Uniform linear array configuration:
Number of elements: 12
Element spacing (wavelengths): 0.25
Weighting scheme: exponential
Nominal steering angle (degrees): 15
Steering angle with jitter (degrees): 13.03
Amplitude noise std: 0.05
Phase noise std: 0.05

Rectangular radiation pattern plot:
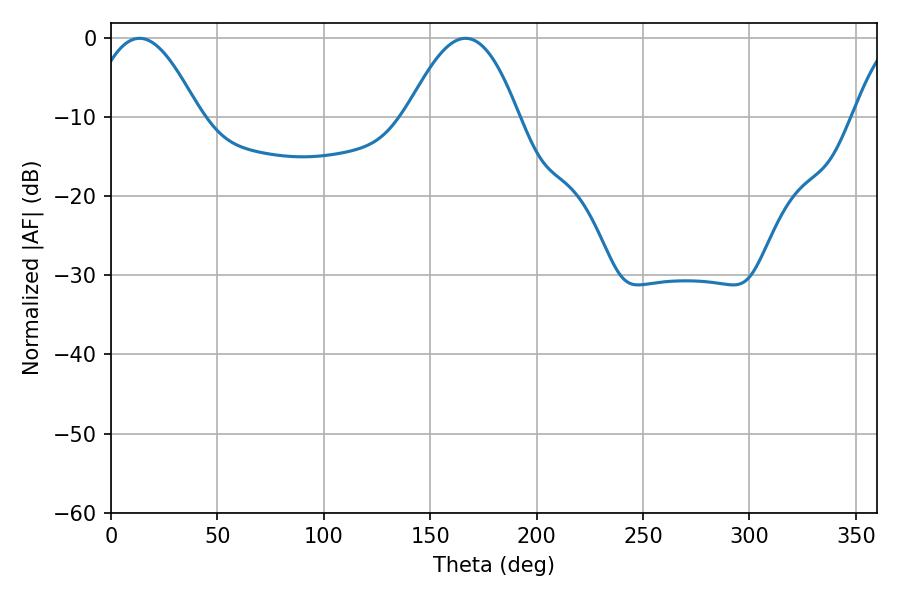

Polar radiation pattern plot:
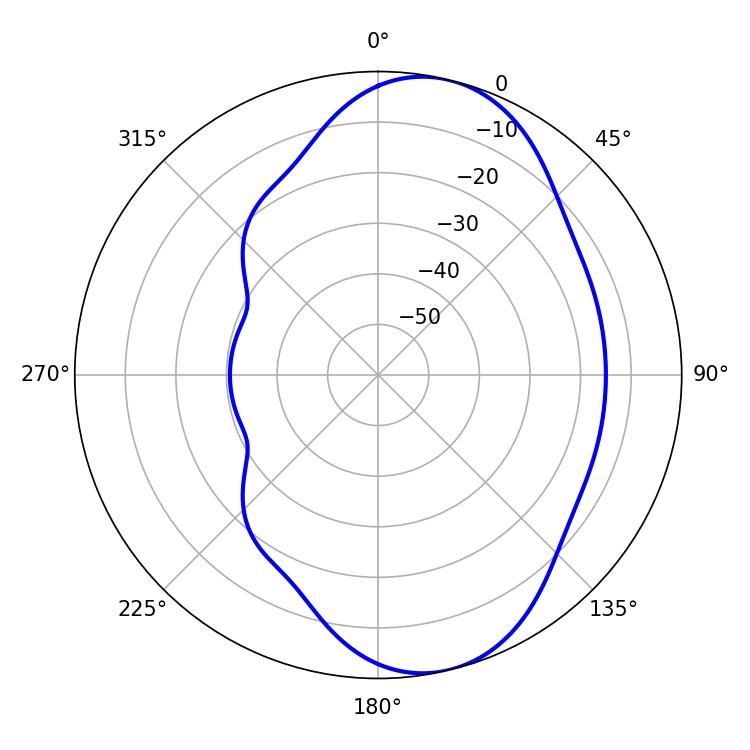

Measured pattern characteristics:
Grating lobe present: FALSE
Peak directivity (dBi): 8.071
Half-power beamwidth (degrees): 28.26
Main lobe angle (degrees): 13.32